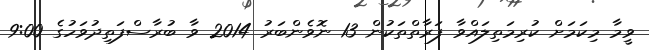
ވީމާ މިކަމަށް ކުރިމަތިލައްވާ ފަރާތްތަކުން 13 ނޮވެންބަރު 2014 ވާ ބުރާސްފަތިދުވަހުގެ 9:00